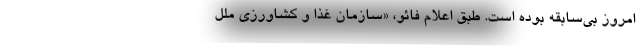
امروز بی‌سابقه بوده است. طبق اعلام فائو، «سازمان غذا و کشاورزی ملل